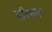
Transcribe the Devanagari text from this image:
एटिहाड़